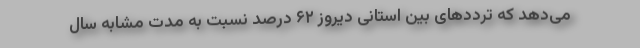
می‌دهد که تردد‌های بین استانی دیروز ۶۲ درصد نسبت به مدت مشابه سال